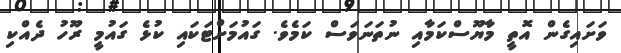
ވަށައިގެން އޮތީ މާޔޫސްކަމާއި ނުތަނަވަސް ކަމެވެ. ގައުމަށްޓަކައި ކުޅެ ގައުމީ ރޫހު ދެއްކި